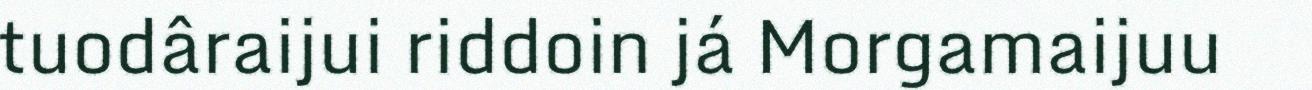
tuodâraijui riddoin já Morgamaijuu